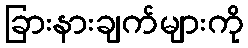
ခြားနားချက်များကို